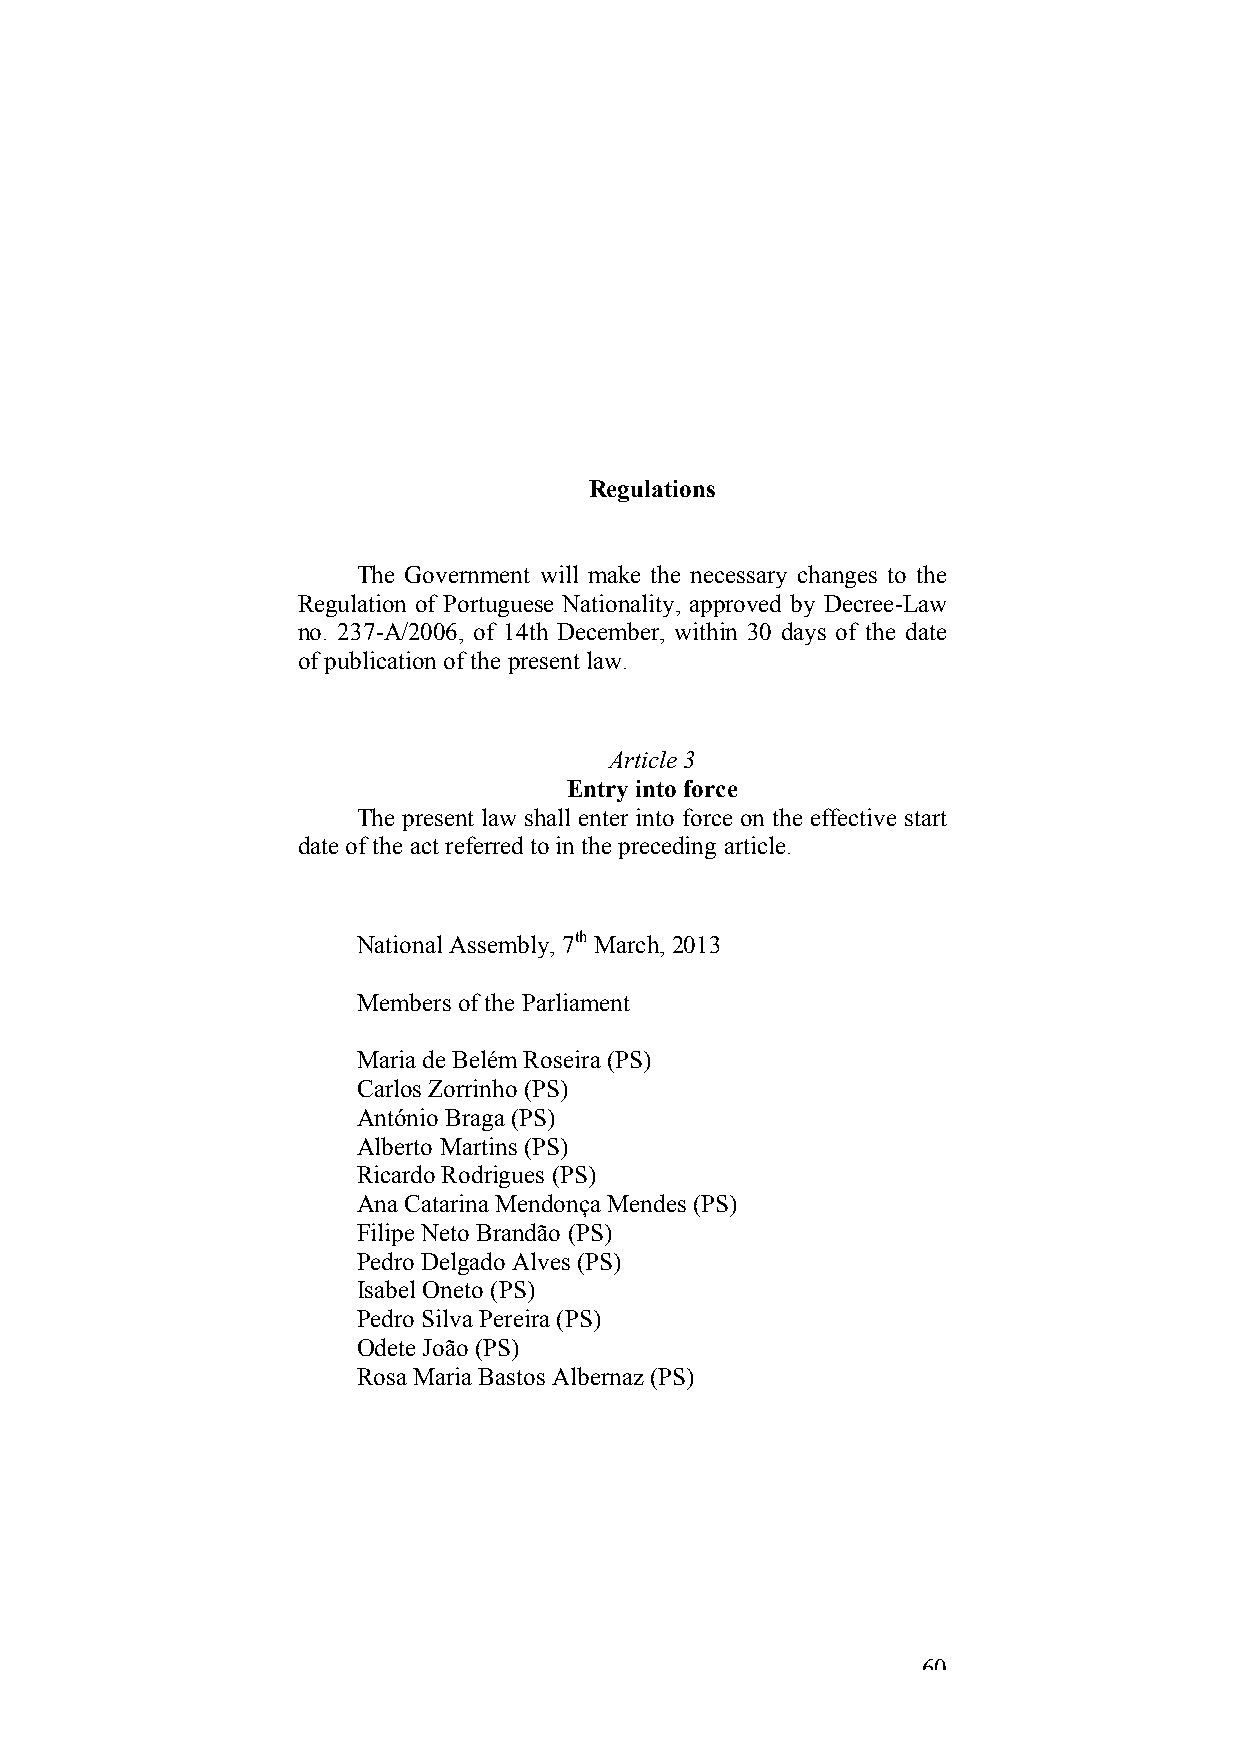
Regulations
 The Government will make the necessary changes to the
 Regulation of Portuguese Nationality, approved by Decree-Law
 no. 237-A/2006, of 14th December, within 30 days of the date
 of publication of the present law.
 Article 3
 Entry into force
 The present law shall enter into force on the effective start
 date of the act referred to in the preceding article.
 National Assembly, 7th March, 2013
 Members of the Parliament
 Maria de Belém Roseira (PS)
 Carlos Zorrinho (PS)
 António Braga (PS)
 Alberto Martins (PS)
 Ricardo Rodrigues (PS)
 Ana Catarina Mendonça Mendes (PS)
 Filipe Neto Brandão (PS)
 Pedro Delgado Alves (PS)
 Isabel Oneto (PS)
 Pedro Silva Pereira (PS)
 Odete João (PS)
 Rosa Maria Bastos Albernaz (PS)
 60